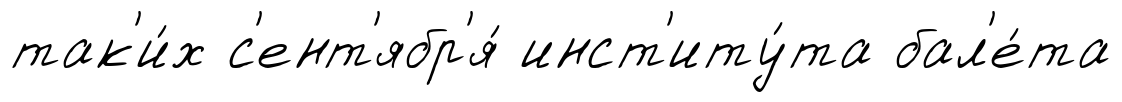
так'и́х с'ент'ябр'я́ инст'иту́та бал'е́та